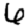
Digit: 6